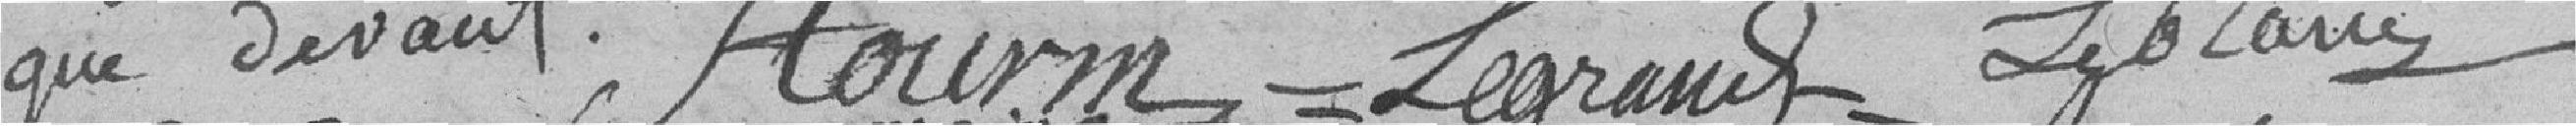
que devant.  Ftourm = Legrand _ Leblanc